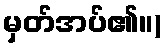
မှတ်အပ်၏။)